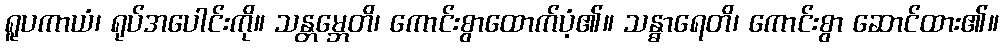
ရူပကာယံ၊ ရုပ်အပေါင်းကို။ သန္တမ္ဘေတိ၊ ကောင်းစွာထောက်ပံ့၏။ သန္ဓာရေတိ၊ ကောင်းစွာ ဆောင်ထား၏။